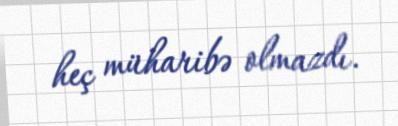
heç müharibə olmazdı.